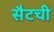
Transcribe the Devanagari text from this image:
सैटची